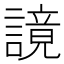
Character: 𧫙